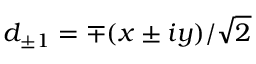
d _ { \pm 1 } = \mp ( x \pm i y ) / \sqrt { 2 }